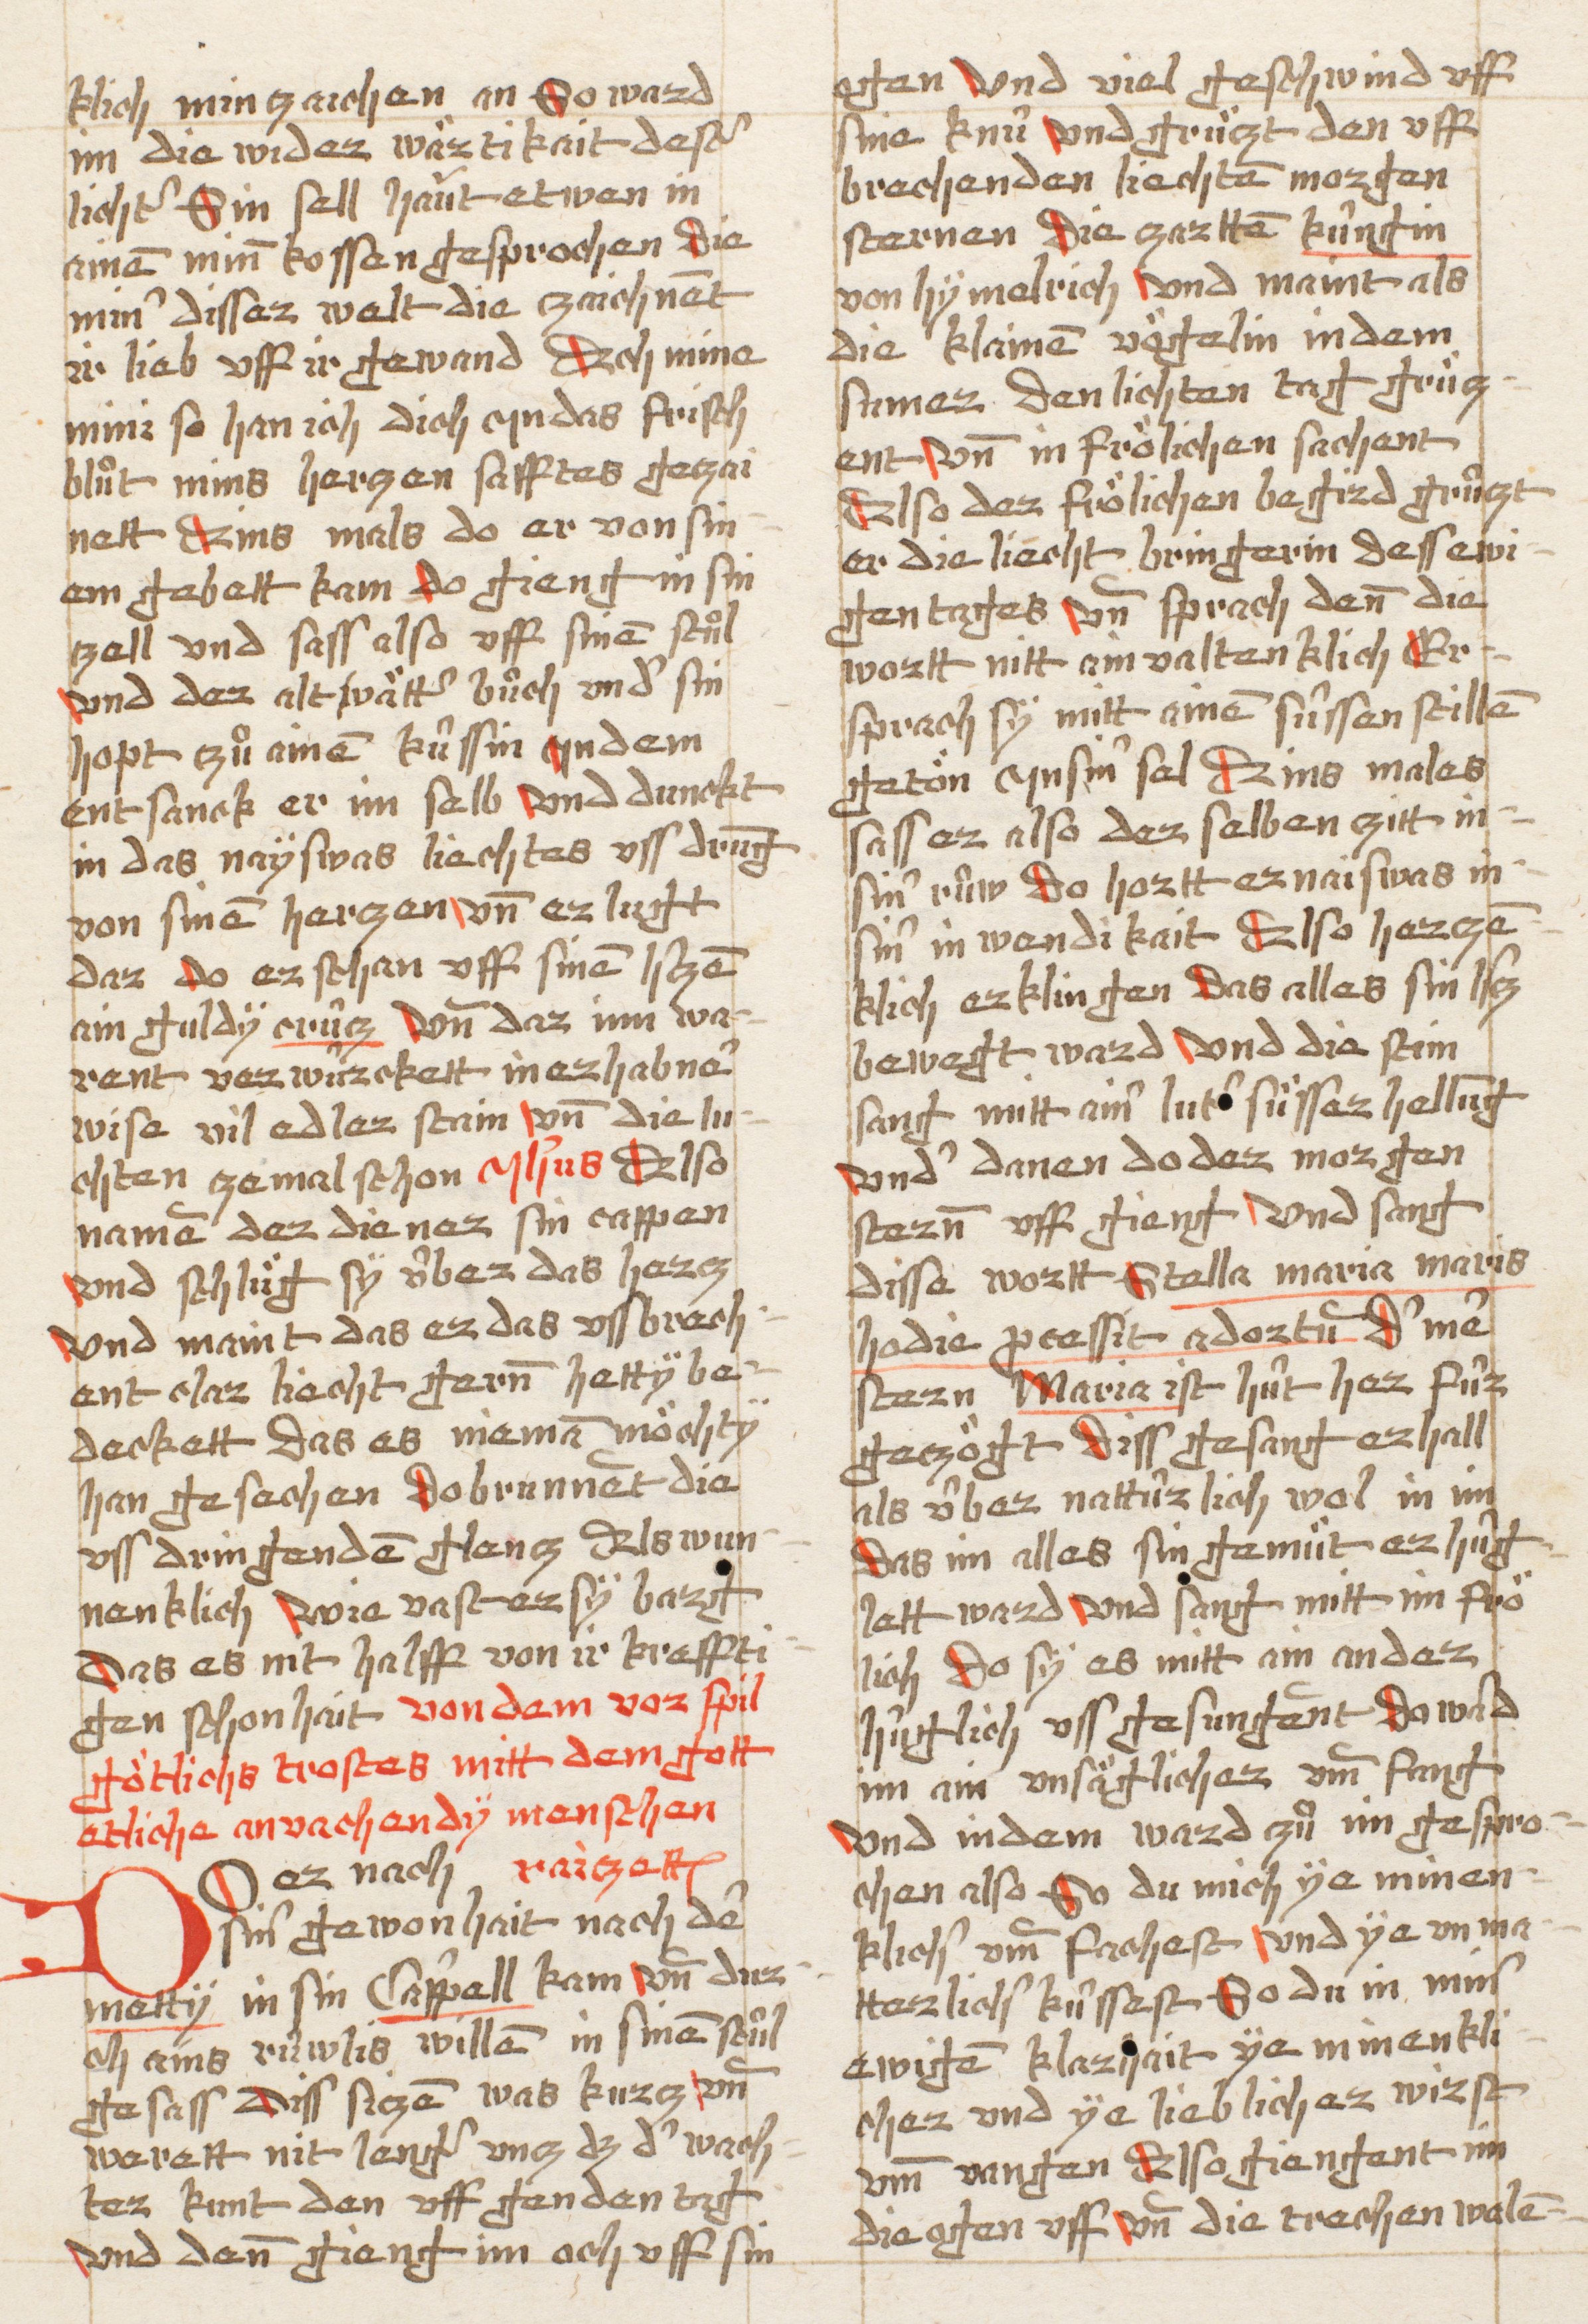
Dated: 1490–1520